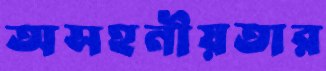
অসহনীয়তার